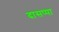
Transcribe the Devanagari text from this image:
दासप्पा